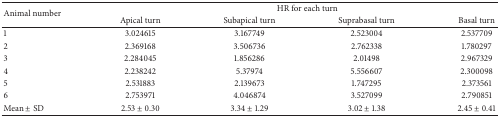
<table><thead><tr><td rowspan="2"><b>Animal number</b></td><td colspan="4"><b> HR for each turn</b></td></tr><tr><td><b>Apical turn</b></td><td><b>Subapical turn</b></td><td><b>Suprabasal turn</b></td><td><b>Basal turn</b></td></tr></thead><tbody><tr><td>1</td><td>3.024615</td><td>3.167749</td><td>2.523004</td><td>2.537709</td></tr><tr><td>2</td><td>2.369168</td><td>3.506736</td><td>2.762338</td><td>1.780297</td></tr><tr><td>3</td><td>2.284045</td><td>1.856286</td><td>2.01498</td><td>2.967329</td></tr><tr><td>4</td><td>2.238242</td><td>5.37974</td><td>5.556607</td><td>2.300098</td></tr><tr><td>5</td><td>2.531883</td><td>2.139673</td><td>1.747295</td><td>2.373561</td></tr><tr><td>6</td><td>2.753971</td><td>4.046874</td><td>3.527099</td><td>2.790851</td></tr><tr><td>Mean ± SD</td><td>2.53 ± 0.30</td><td>3.34 ± 1.29</td><td>3.02 ± 1.38</td><td>2.45 ± 0.41</td></tr></tbody></table>